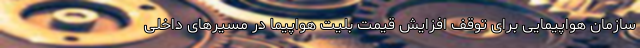
سازمان هواپیمایی برای توقف افزایش قیمت بلیت هواپیما در مسیرهای داخلی